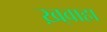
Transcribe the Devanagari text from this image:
ख़्वाहा